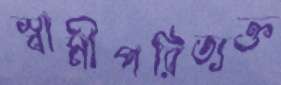
স্বামীপরিত্যক্ত